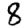
Digit: 8